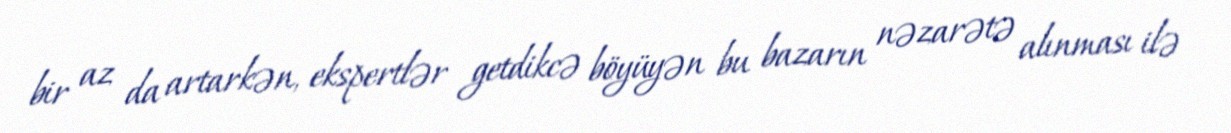
bir az da artarkən, ekspertlər getdikcə böyüyən bu bazarın nəzarətə alınması ilə